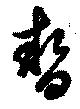
暫